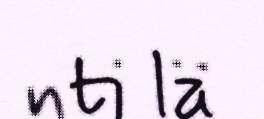
nti lä